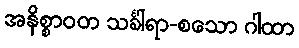
အနိစ္စာဝတ သင်္ခါရာ-စသော ဂါထာ